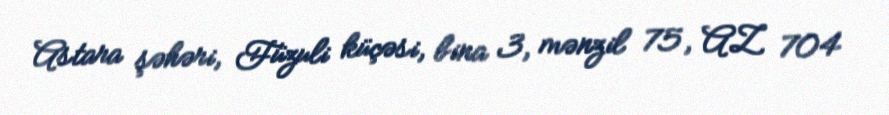
Astara şəhəri, Füzuli küçəsi, bina 3, mənzil 75, AZ 704